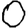
Digit: 0